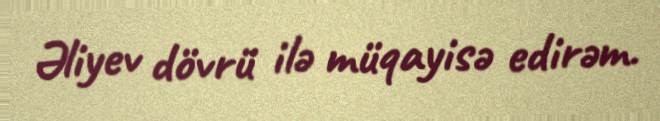
Əliyev dövrü ilə müqayisə edirəm.